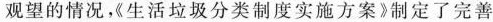
观望的情况，《生活垃圾分类制度实施方案》制定了完善